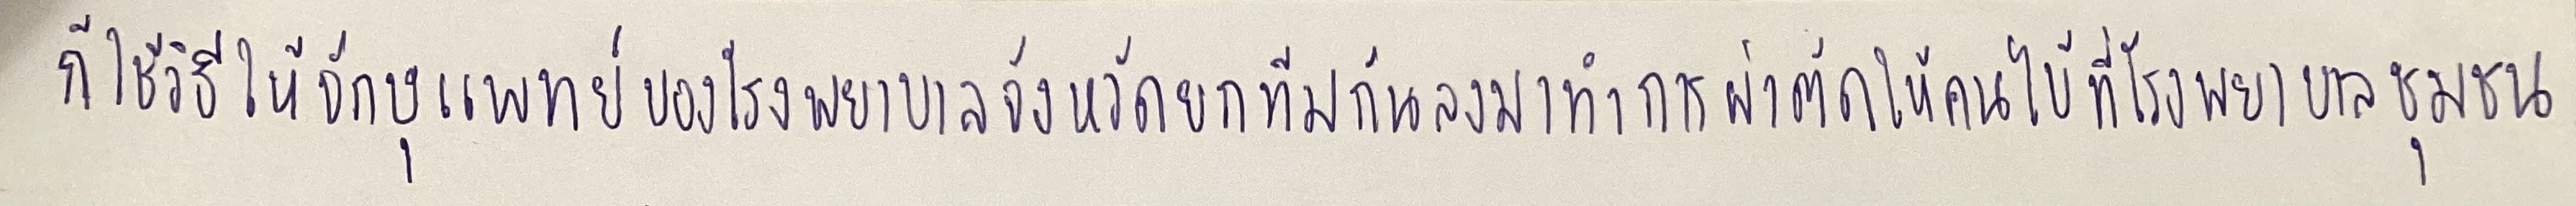
ก็ใช้วิธีให้จักษุแพทย์ของโรงพยาบาลจังหวัดยกทีมกันลงมาทำการผ่าตัดให้คนไข้ที่โรงพยาบาลชุมชน